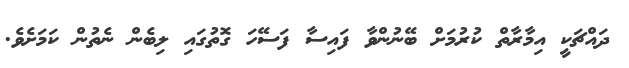
ދައްޗަކީ އިމާރާތް ކުރުމަށް ބޭނުންވާ ފައިސާ ފަސޭހަ ގޮތުގައި ލިބެން ނެތުން ކަމަށެވެ.